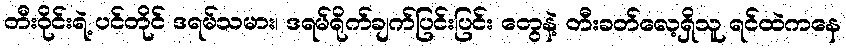
တီးဝိုင်းရဲ့ ပင်တိုင် ဒရမ်သမား၊ ဒရမ်ရိုက်ချက်ပြင်းပြင်း တွေနဲ့ တီးခတ်လေ့ရှိသူ ရင်ထဲကနေ